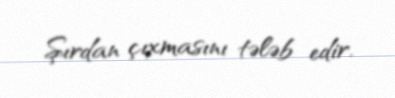
Şırdan çıxmasını tələb edir.